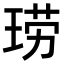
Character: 𫞧